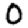
Digit: 0